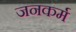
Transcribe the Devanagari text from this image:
जनकर्म